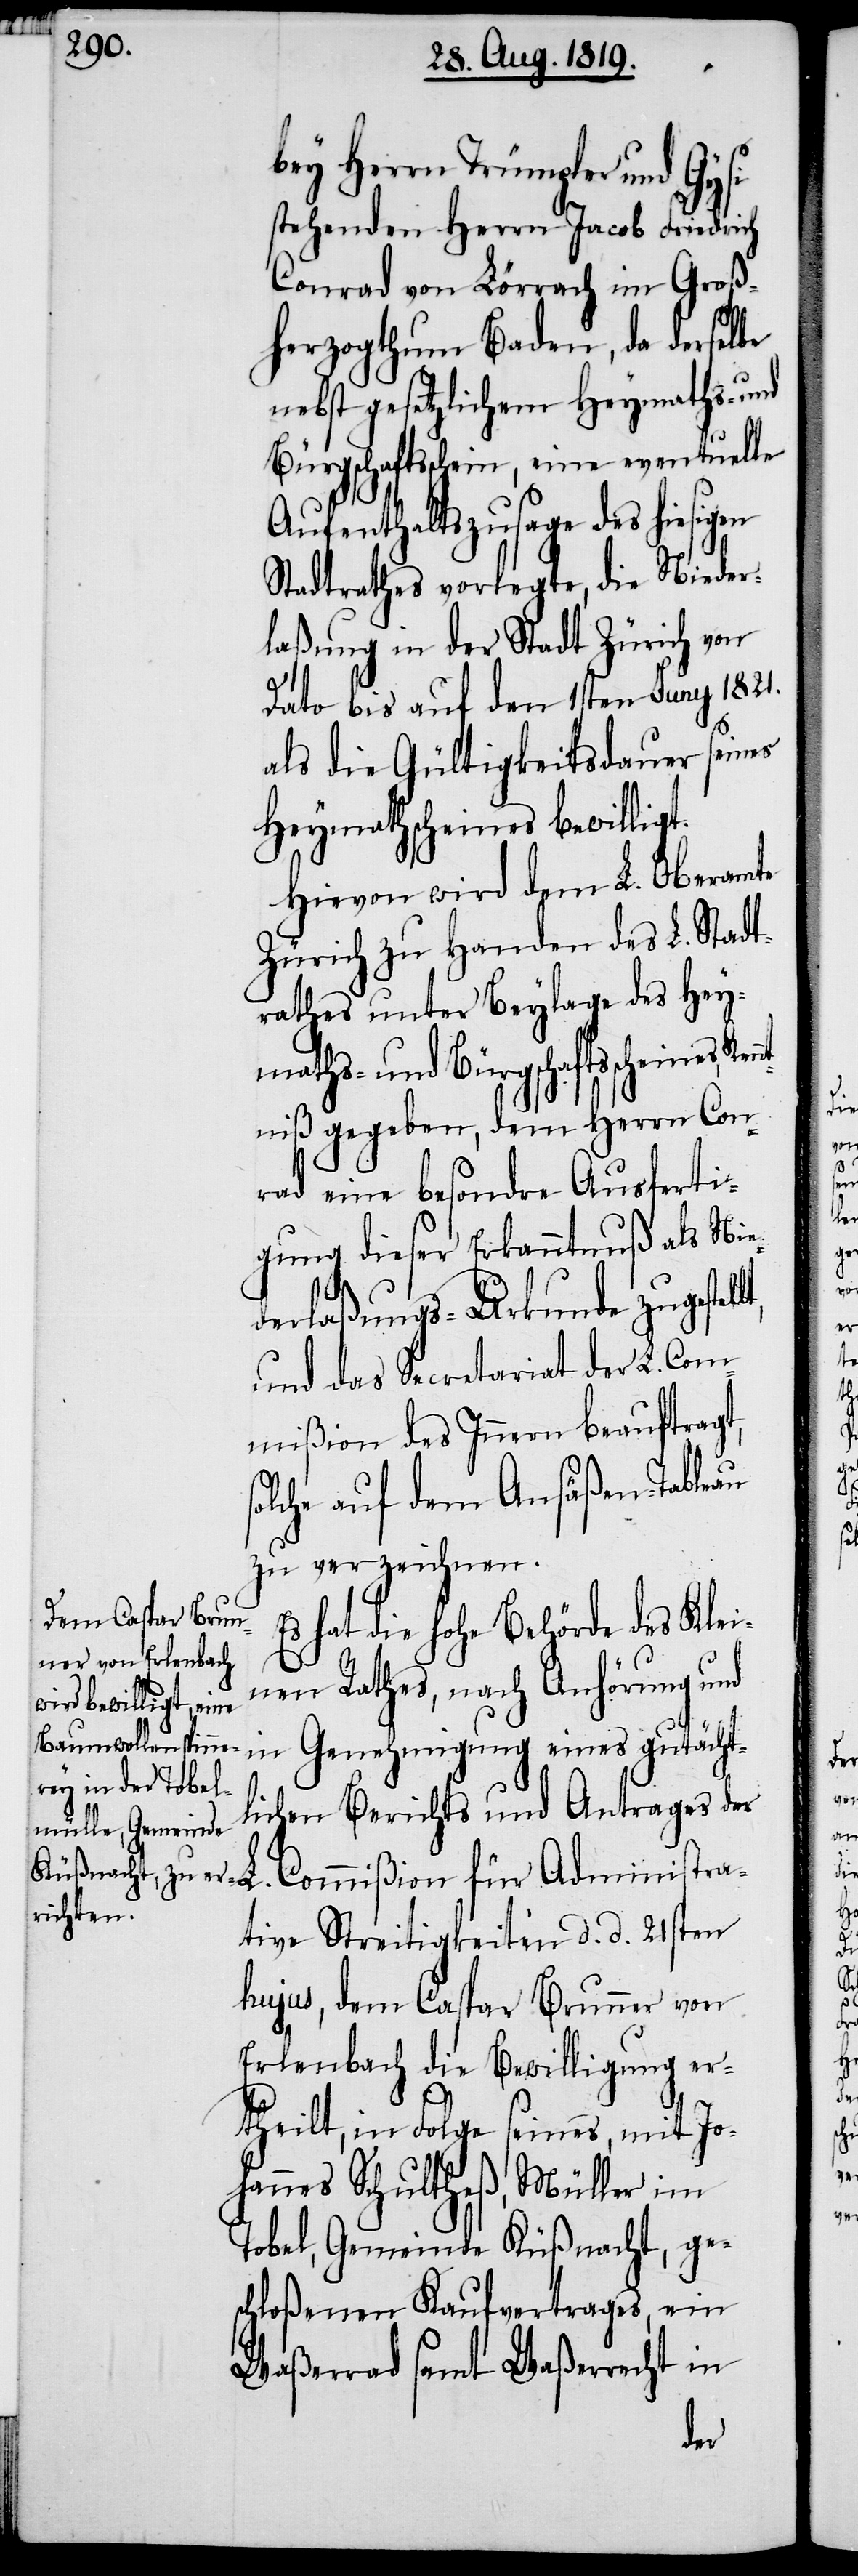
bey Herrn Trümpler und Gysi
stehenden Herrn Jacob Friedrich
Conrad von Lörrach im Groß¬
herzogthum Baden, da derselbe
nebst gesetzlichem Heymaths- und
Bürgschaftsschein, eine eventuelle
Aufenthaltszusage des hiesigen
Stadtrathes vorlegte, die Nieder¬
laßung in der Stadt Zürich von
Dato bis auf den 1sten Juny 1821.
als die Gültigkeitsdauer seines
Heymathscheines bewilligt.
Hievon wird dem L. Oberamte
Zürich zu Handen des L. Stadt¬
rathes unter Beylage des Hey¬
maths- und Bürgschaftsscheines,
ntniß gegeben, dem Herrn Con¬
rad eine besondre Ausferti¬
gung dieser Erkanntnuß als Nie¬
derlaßungs-Urkunde zugestel¬
und das Secretariat der L. Com¬
mißion des Innern beauftragt,
olche auf dem Ansäßen-Tableau
zu verzeichnen.
Es hat die hohe Behörde des Klei¬
nen Rathes, nach Anhörung und
Administra¬
in Genehmigung eines gutächt¬
lichen Berichts und Antrages der
tive Streitigkeiten d. d. 21sten
hujus, dem Caspar Brunner von
Erlenbach die Bewilligung er¬
theilt, in Folge seines, mit Jo¬
hannes Schultheß, Müller im
Tobel, Gemeinde Küßnacht, ge¬
schloßenen Kaufvertrages, ein
Waßerrad samt Waßerrecht in
s¬